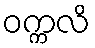
ဝက္ကလိ